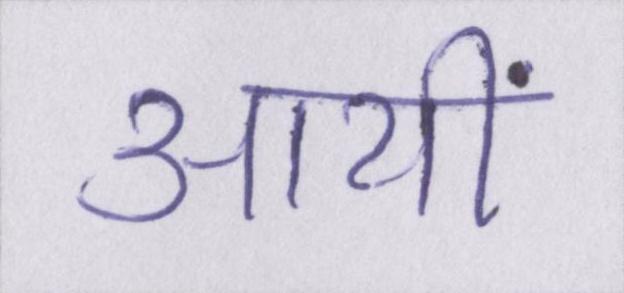
आयीं